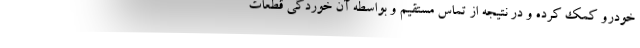
خودرو کمک کرده و در نتیجه از تماس مستقیم و بواسطه آن خوردگی قطعات